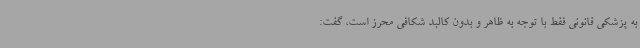
به پزشکی قانونی فقط با توجه به ظاهر و بدون کالبد شکافی محرز است، گفت: